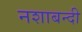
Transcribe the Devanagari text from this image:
नशाबन्दी